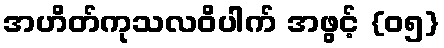
အဟိတ်ကုသလဝိပါက် အဖွင့် {၀၅}